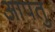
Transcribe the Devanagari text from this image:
आपतु